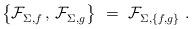
LaTeX: \begin{align*} \bigl\{ \mathcal{F}_{\Sigma,f}^{} \,,\, \mathcal{F}_{\Sigma,g}^{} \bigr\}~ =~\mathcal{F}_{\Sigma,\{f,g\}}^{}~. \end{align*}